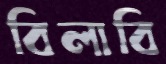
বিলাবি